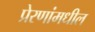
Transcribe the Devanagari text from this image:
प्रेरणांमधील